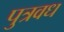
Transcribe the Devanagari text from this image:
पुत्रवध